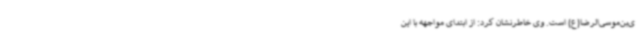
ی‌بن‌موسی‌الرضا(ع) است. وی خاطرنشان کرد: از ابتدای مواجهه با این